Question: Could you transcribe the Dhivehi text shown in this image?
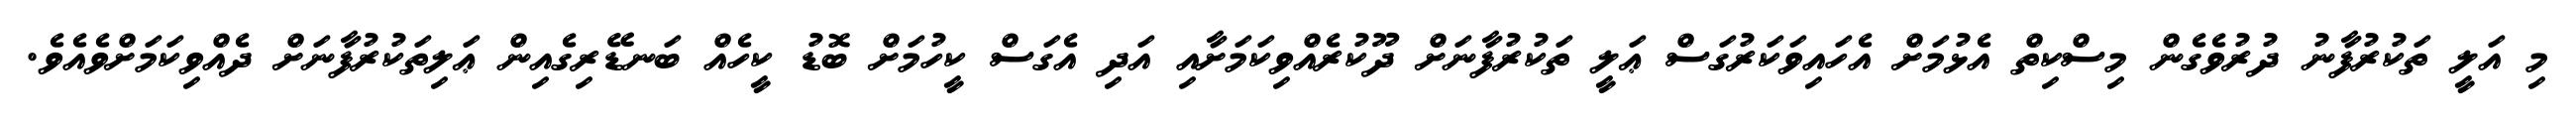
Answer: މި އަލީ ތަކުރުފާނު ދުރުވެގެން މިސްކިތް އެޅުމަށް އެހައިވަކަރުގަސް ޢަލީ ތަކުރުފާނަށް ދޫކުރެއްވިކަމަށާއި އަދި އެގަސް ކީހުމަށް ބޮޑު ކީހެއް ބަނޑޭރިގެއިން ޢަލިތަކުރުފާނަށް ދެއްވިކަމަށްވެއެވެ.